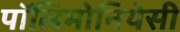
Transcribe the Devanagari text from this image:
पॉलिमोनियेसी